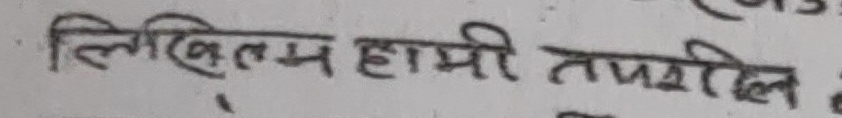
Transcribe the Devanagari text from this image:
लिखितम् हामी तपशिल